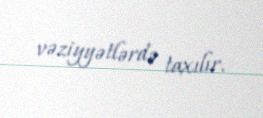
vəziyyətlərdə taxılır.